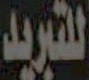
للتبريد